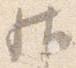
帖